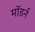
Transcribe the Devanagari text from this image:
माॅडर्न